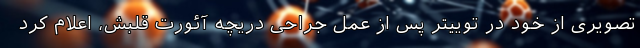
تصویری از خود در توییتر پس از عمل جراحی دریچه آئورت قلبش، اعلام کرد